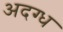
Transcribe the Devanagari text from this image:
अदग्ध